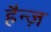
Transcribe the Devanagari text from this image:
हैन्ज़